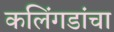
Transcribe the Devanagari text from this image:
कलिंगडांचा